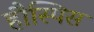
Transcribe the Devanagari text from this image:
हौस्पिस